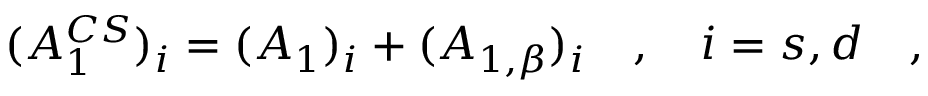
( A _ { 1 } ^ { C S } ) _ { i } = ( A _ { 1 } ) _ { i } + ( A _ { 1 , \beta } ) _ { i } ~ ~ ~ , ~ ~ ~ i = s , d ~ ~ ~ ,